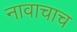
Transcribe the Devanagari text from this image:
नावाचाच